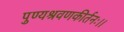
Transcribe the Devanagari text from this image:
पुण्यश्रवणकीर्तनः।।